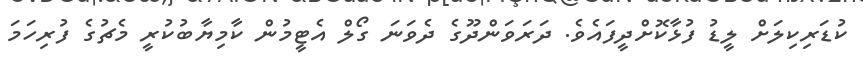
ކުޑަރިކިލަށް ލީޑު ފުޅާކޮށްދީފައެވެ. ދަރަވަންދޫގެ ދެވަނަ ގޯލް އެޓީމުން ކާމިޔާބުކުރީ މެޗުގެ ފުރިހަމަ